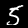
Digit: 5